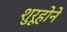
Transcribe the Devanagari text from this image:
शुरूहोने